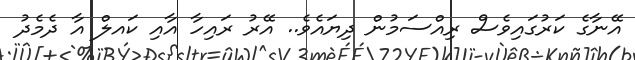
އޭނާގެ ކަރުގައިވެސް ރިއްސަމުން ދިޔައެވެ.. އޭރު ރައިހާ އާއި ކައލް އާ ދެމެދު